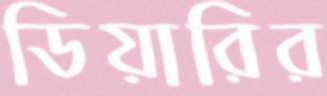
ডিয়ারির